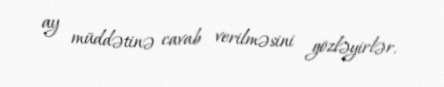
ay müddətinə cavab verilməsini gözləyirlər.